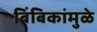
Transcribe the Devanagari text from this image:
बिंबिकांमुळे